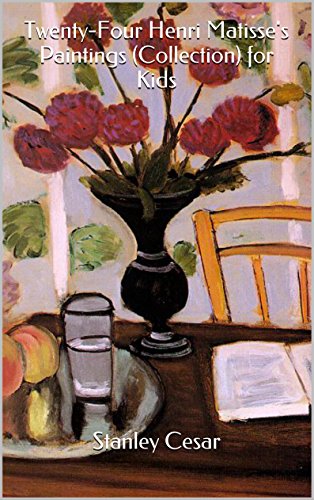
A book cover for Twenty-Four Henri Matisse's Paintings (Collection) for Kids; Stanley Cesar; Cookbooks, Food & Wine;